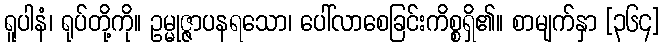
ရူပါနံ၊ ရုပ်တို့ကို။ ဥမ္မုဇ္ဇာပနရသော၊ ပေါ်လာစေခြင်းကိစ္စရှိ၏။ စာမျက်နှာ [၃၆၄]